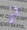
أو